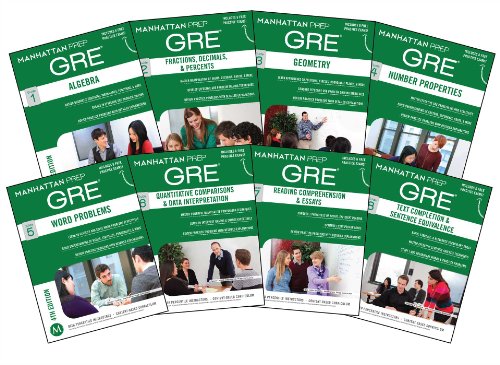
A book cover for Manhattan Prep GRE Set of 8 Strategy Guides (Manhattan Prep GRE Strategy Guides); Manhattan Prep; Test Preparation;